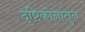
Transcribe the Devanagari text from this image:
दृष्टिकोनातुन